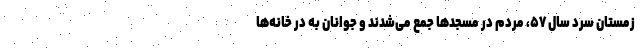
زمستان سرد سال ۵۷، مردم در مسجد‌ها جمع می‌شدند و جوانان به در خانه‌ها